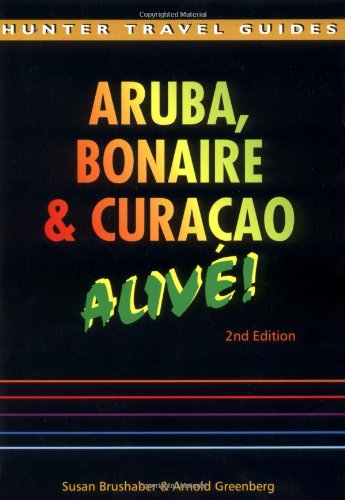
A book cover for The Aruba, Bonaire & Curacao: Alive! (Aruba, Bonaire and Curacao Alive Guide); Susan Brushaber; Travel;